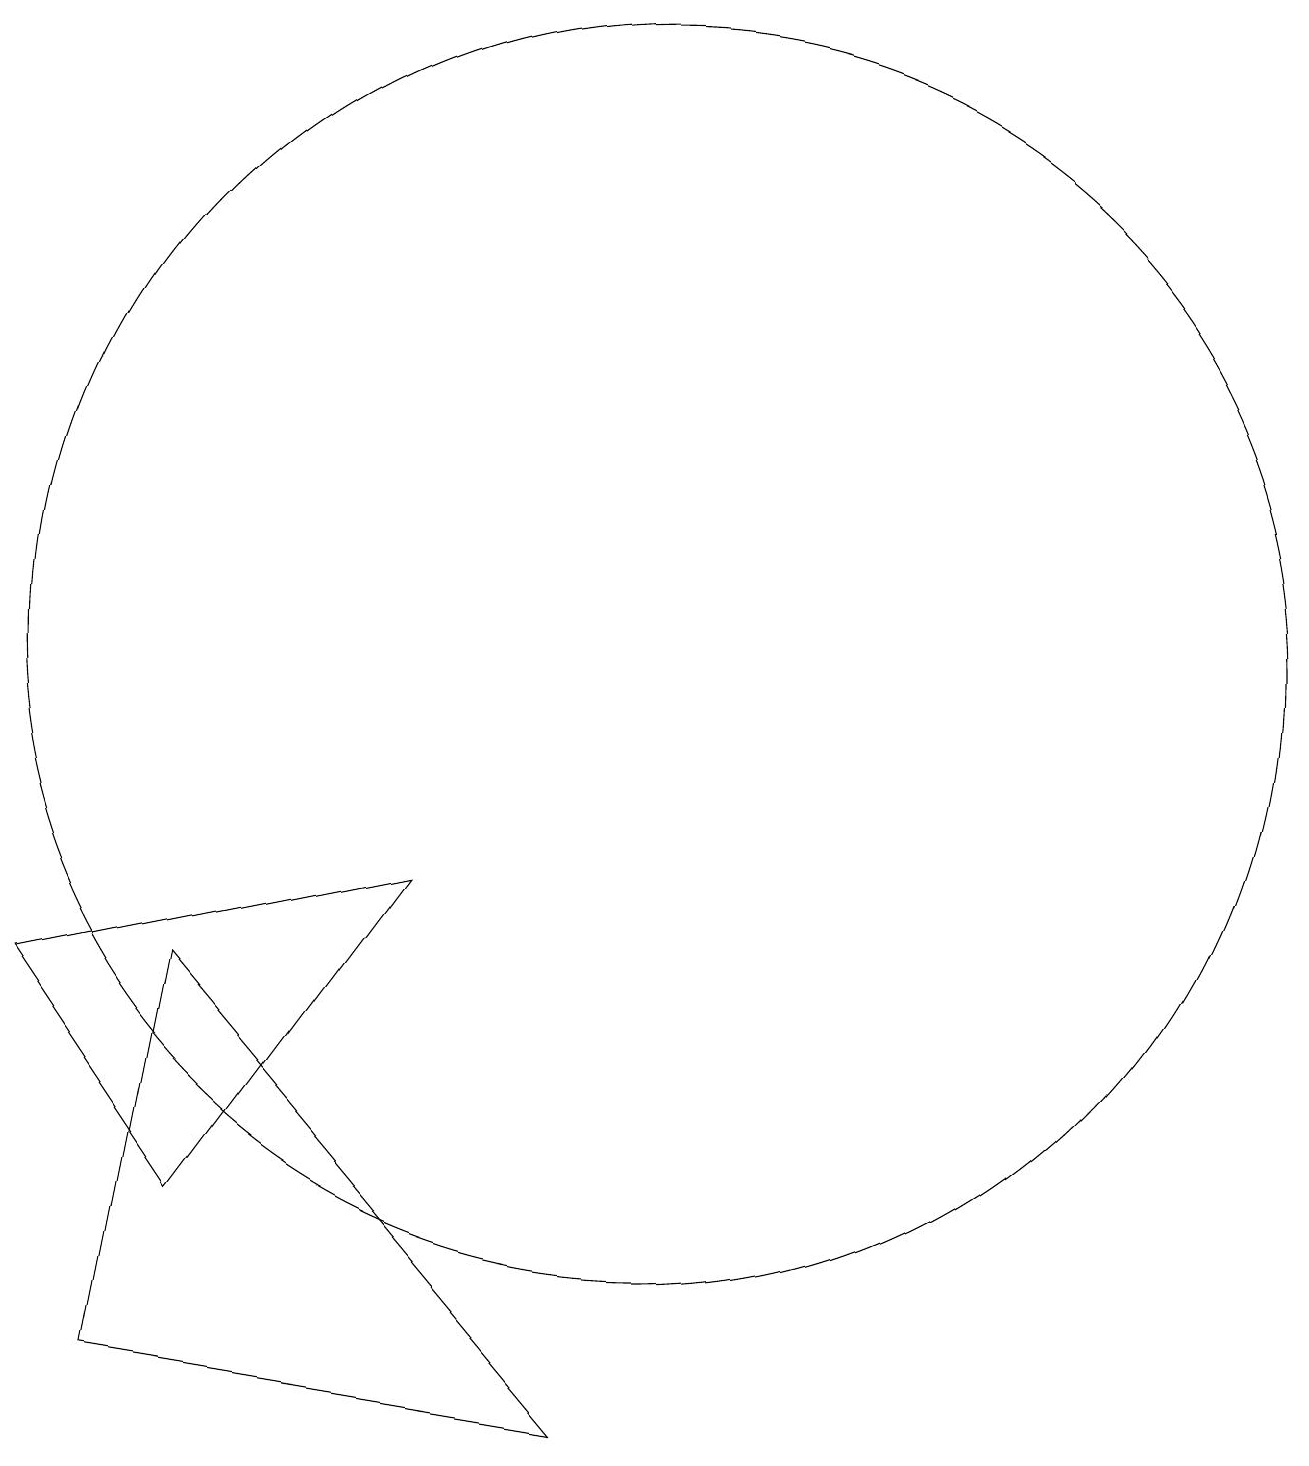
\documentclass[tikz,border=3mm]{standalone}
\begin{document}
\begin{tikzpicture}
\draw (9,2) -- (4,8) -- (3,3) -- cycle;
\draw (4,5) -- (2,8) -- (7,9) -- cycle;
\draw (10,12) circle (8);
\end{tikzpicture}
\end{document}